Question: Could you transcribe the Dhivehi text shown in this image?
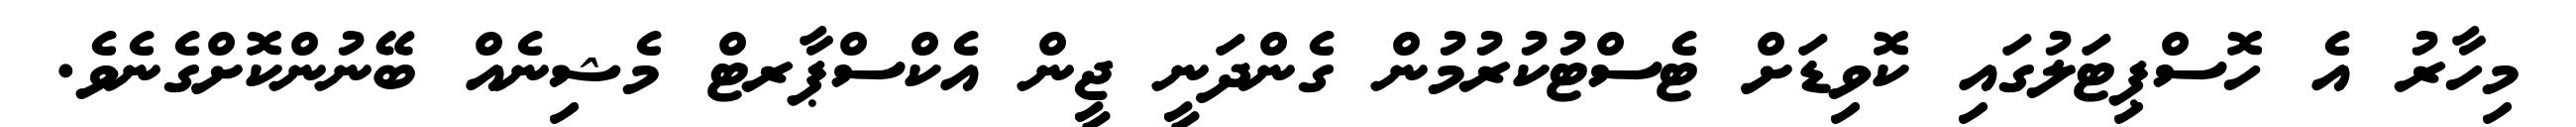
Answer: މިހާރު އެ ހޮސްޕިޓަލުގައި ކޮވިޑަށް ޓެސްޓުކުރުމުން ގެންދަނީ ޖީން އެކްސްޕާރޓް މެޝިނެއް ބޭނުންކޮށްގެނެވެ.